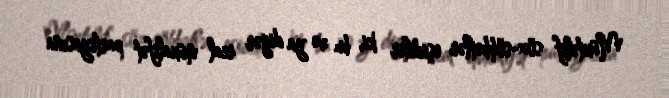
Müxtəlif söz-söhbətlər eşidilir ki, bu və ya digər real müxalifət partiyasına